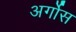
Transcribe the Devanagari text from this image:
अर्गोस